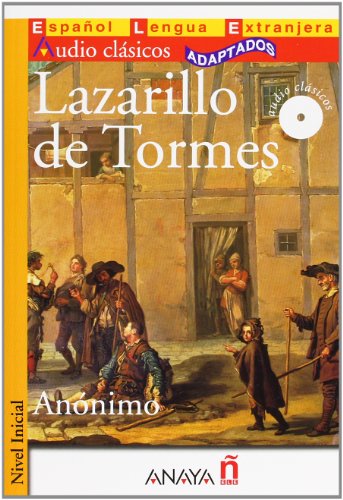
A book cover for Lazarillo de Tormes (Nivel Inicial; 400-700 palabras) (Audio Clasicos / Audio Classics) (Spanish Edition); Anonimo; Literature & Fiction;